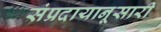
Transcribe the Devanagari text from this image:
संप्रदायानूसारी